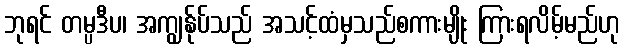
ဘုရင် တမ္ပဒီပ၊ အကျွန်ုပ်သည် အသင့်ထံမှသည်စကားမျိုး ကြားရလိမ့်မည်ဟု